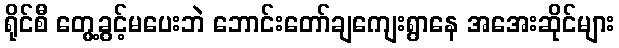
ရိုင်စီ တွေ့ခွင့်မပေးဘဲ ဘောင်းတော်ချကျေးရွာနေ အအေးဆိုင်များ